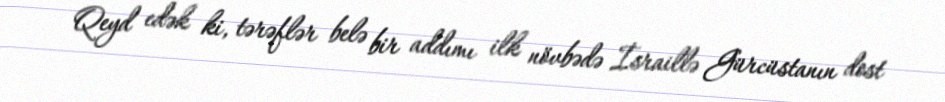
Qeyd edək ki, tərəflər belə bir addımı ilk növbədə İsraillə Gürcüstanın dost